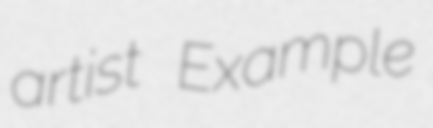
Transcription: artist Example